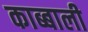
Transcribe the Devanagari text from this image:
काब्बाली